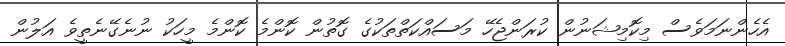
އެހެންނަމަވެސް މިކޮމިޝަނުން ކުރަންޖެހޭ މަސައްކަތްތަކުގެ ގޮތުން ކޮންމެ ކޮންމެ މީހަކު ނުނެގޭނެތީވެ އަލުން